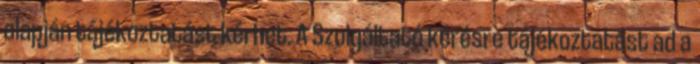
alapján tájékoztatást kérhet. A Szolgáltató kérésre tájékoztatást ad a